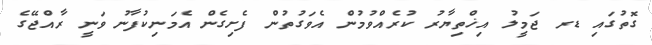
ގޮތުގައި ޑރ ޖަމީލު އިޚްތިޔާރު ކުރެެއްވުމުން އެވަގުތުން ފެށިގެން އެމަނިކުފާނު ވަނީ ރާއްޖޭގެ